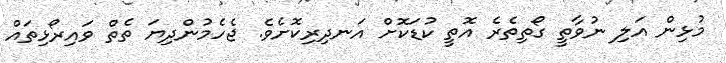
މުޅިން އަލި ނުވާތީ ގޯތިތެރެ އޮތީ ކުޑަކޮށް އަނދިރިކޮށެވެ. ޖެހެމުންދިޔަ ތެތް ވައިރޯޅިތައް